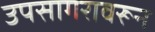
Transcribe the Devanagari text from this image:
उपसागरावरून